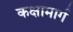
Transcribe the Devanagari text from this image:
कक्षामार्ग